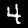
Digit: 4